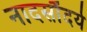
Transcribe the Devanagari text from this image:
नादसौंदर्य